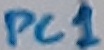
Text: PC1